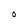
Character: O